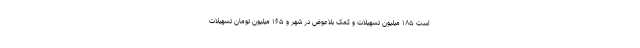
است ۱۸۵ میلیون تسهیلات و کمک بلاعوض در شهر و ۱۶۵ میلیون تومان تسهیلات